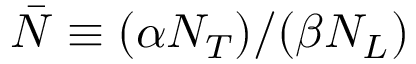
\bar { N } \equiv ( \alpha { { N } _ { T } } ) / ( \beta { { N } _ { L } } )